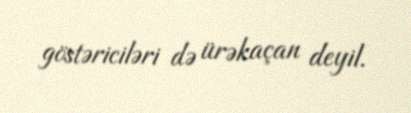
göstəriciləri də ürəkaçan deyil.